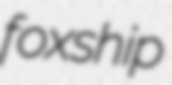
foxship